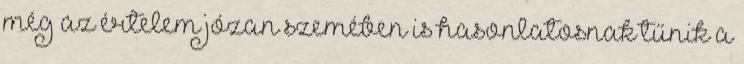
még az értelem józan szemében is hasonlatosnak tűnik a